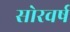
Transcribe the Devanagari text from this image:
सोरवर्ष